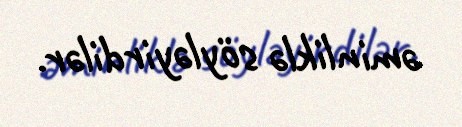
əminliklə söyləyirdilər.